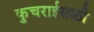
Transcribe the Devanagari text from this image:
कुचराईसाठी